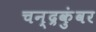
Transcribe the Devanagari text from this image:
चन्द्रकुंवर